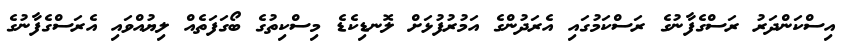
އިސްކަންދަރު ރަސްގެފާނުގެ ރަސްކަމުގައި އެރަދުންގެ އަމުރުފުޅަށް ލޮނޑިކެޑެ މިސްކިތުގެ ބޯގަފަތެއް ލިޔުއްވައި އެރަސްގެފާނުގެ